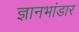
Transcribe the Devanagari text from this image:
ज्ञानभांडार